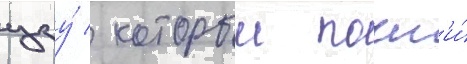
цзу́ / которыи почт'и́